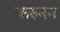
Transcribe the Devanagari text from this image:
करुनन